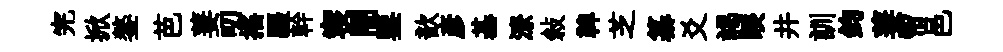
完掀鏊芭萋叨揺疆幹寝闇鑒歆彦基潦敍鞞芝纂爻謁睽井訓鈞萋帘邑